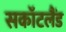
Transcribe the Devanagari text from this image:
सकॉटलैंड